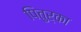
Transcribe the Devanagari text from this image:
पितुर्का